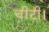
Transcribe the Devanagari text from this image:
चींटी।